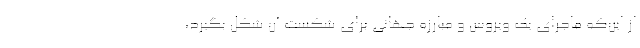
از این‌که ماجرای یک ویروس و مبارزه جهانی برای شکست آن شکل بگیرد،